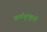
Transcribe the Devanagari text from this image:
कर्णशुष्कुली